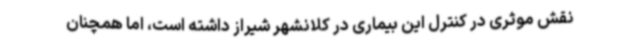
نقش موثری در کنترل این بیماری در کلانشهر شیراز داشته است، اما همچنان